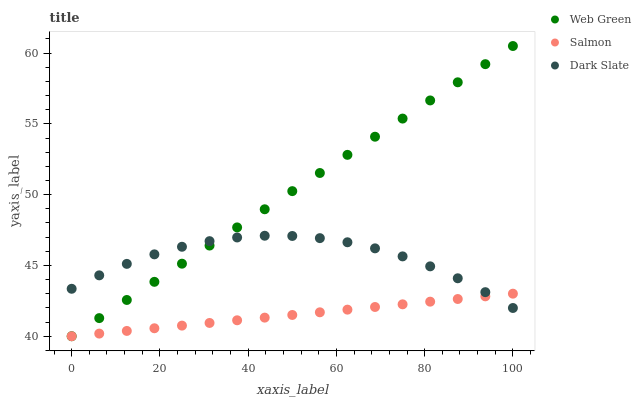
| xaxis_label | Web Green | Salmon | Dark Slate |
 | --- | --- | --- | --- |
 | 0 | 40 | 40 | 43.4 |
 | 6.25 | 41.3 | 40.2 | 44.3 |
 | 12.5 | 42.6 | 40.4 | 45.1 |
 | 18.8 | 43.8 | 40.6 | 45.8 |
 | 25 | 45.1 | 40.8 | 46.3 |
 | 31.2 | 46.4 | 40.9 | 46.7 |
 | 37.5 | 47.7 | 41.1 | 47 |
 | 43.8 | 49 | 41.3 | 47.1 |
 | 50 | 50.2 | 41.5 | 47.1 |
 | 56.2 | 51.5 | 41.7 | 46.9 |
 | 62.5 | 52.8 | 41.9 | 46.6 |
 | 68.8 | 54.1 | 42.1 | 46.2 |
 | 75 | 55.4 | 42.3 | 45.6 |
 | 81.2 | 56.7 | 42.4 | 44.9 |
 | 87.5 | 57.9 | 42.6 | 44.1 |
 | 93.8 | 59.2 | 42.8 | 43.1 |
 | 100 | 60.5 | 43 | 42 |